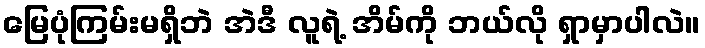
မြေပုံကြမ်းမရှိဘဲ အဲဒီ လူရဲ့ အိမ်ကို ဘယ်လို ရှာမှာပါလဲ။